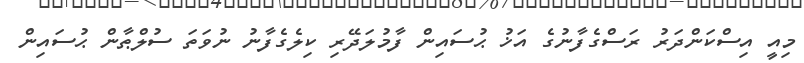
މިއީ އިސްކަންދަރު ރަސްގެފާނުގެ އަޚު ޙުސައިން ފާމުލަދޭރި ކިލެގެފާނު ނުވަތަ ސުލްޠާން ޙުސައިން